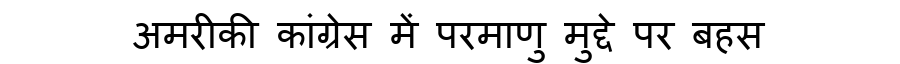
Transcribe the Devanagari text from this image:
अमरीकी कांग्रेस में परमाणु मुद्दे पर बहस